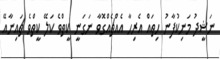
ނަޝީދު މަނިކުފާނު ހިތައް އެރިހާ އެއްޗެއްގޮވާ ނަގަނީ ކީތްވެ ކަލޭ ކީތްވެ ޗައިނާއޭ